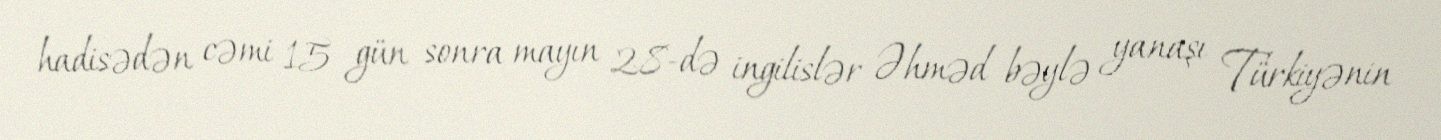
hadisədən cəmi 15 gün sonra mayın 28-də ingilislər Əhməd bəylə yanaşı Türkiyənin